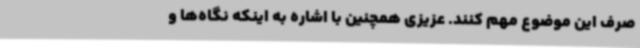
صرف این موضوع مهم کنند. عزیزی همچنین با اشاره به اینکه نگاه‌ها و